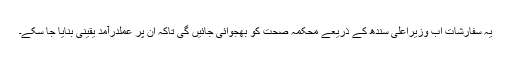
یہ سفارشات اب وزیراعلیٰ سندھ کے ذریعے محکمہ صحت کو بھجوائی جائیں گی تاکہ ان پر عملدرآمد یقینی بنایا جا سکے۔